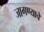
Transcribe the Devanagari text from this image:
जागण्याचे